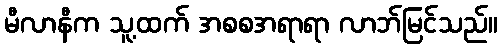
မီလာနီက သူ့ထက် အစစအရာရာ လာဘ်မြင်သည်။